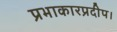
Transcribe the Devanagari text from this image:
प्रभाकारप्रदीप।